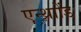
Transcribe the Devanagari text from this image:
एन्थ्राोंड